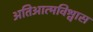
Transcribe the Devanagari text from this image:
अतिआत्मविश्वास